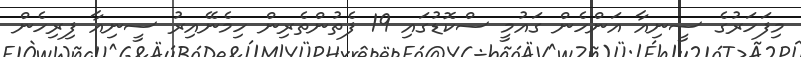
މިފަހަރުގެ ސީނިއާ އަންހެން ގައުމީ ސްކޮޑުގައި 19 ފެތުންތެރިން ހިމެނޭއިރު ސީނިއާ ފިރިހެން